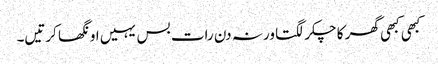
کبھی کبھی گھر کا چکر لگتا ورنہ دن رات بس یہیں اونگھا کرتیں۔